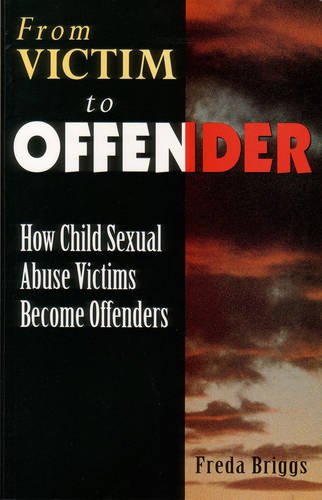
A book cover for From Victim to Offender: How Child Sexual Abuse Victims Become Offenders; Freda Briggs; Politics & Social Sciences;